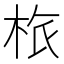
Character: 㭚